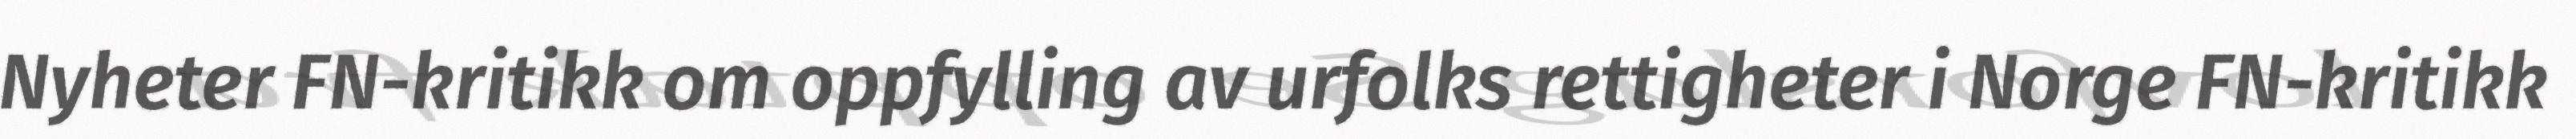
Nyheter FN-kritikk om oppfylling av urfolks rettigheter i Norge FN-kritikk